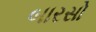
બારસો